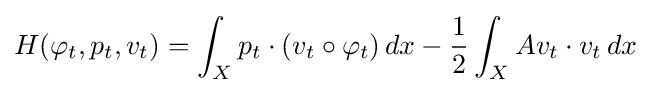
H(\varphi _{t},p_{t},v_{t})=\int _{X}p_{t}\cdot (v_{t}\circ \varphi _{t})\,dx-{\frac {1}{2}}\int _{X}Av_{t}\cdot v_{t}\,dx